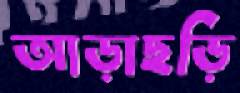
আড়াছড়ি